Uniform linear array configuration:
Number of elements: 48
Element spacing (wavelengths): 0.5
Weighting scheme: exponential
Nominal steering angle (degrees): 15
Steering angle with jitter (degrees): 16.133
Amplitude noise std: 0.05
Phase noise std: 0.05

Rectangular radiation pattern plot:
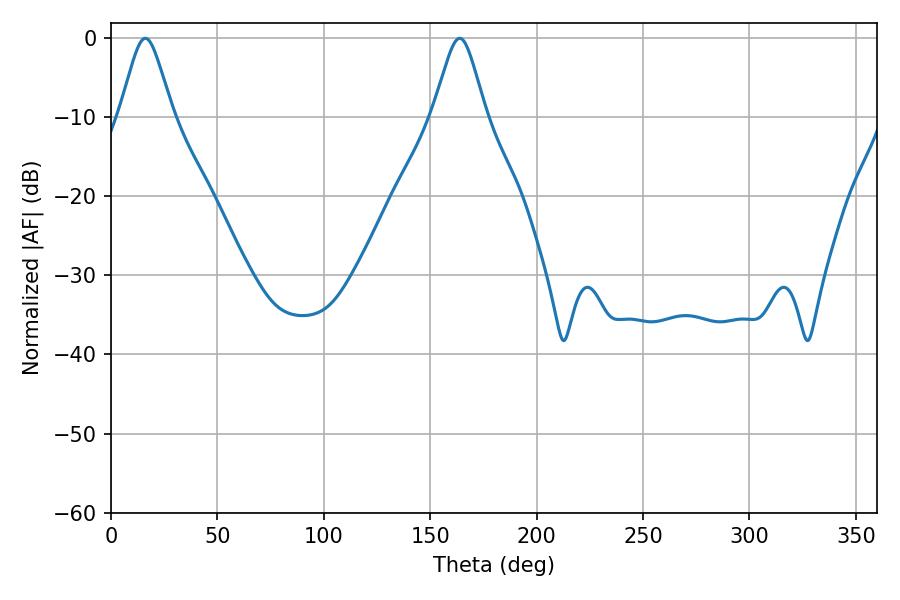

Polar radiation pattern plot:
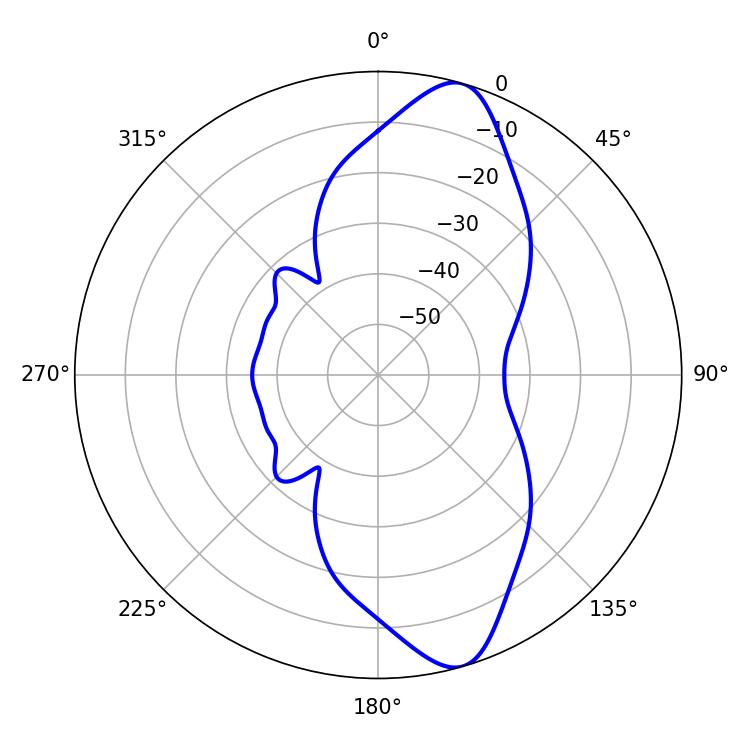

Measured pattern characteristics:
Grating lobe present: FALSE
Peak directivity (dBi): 11.298
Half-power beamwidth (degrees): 11.88
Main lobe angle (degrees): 16.2